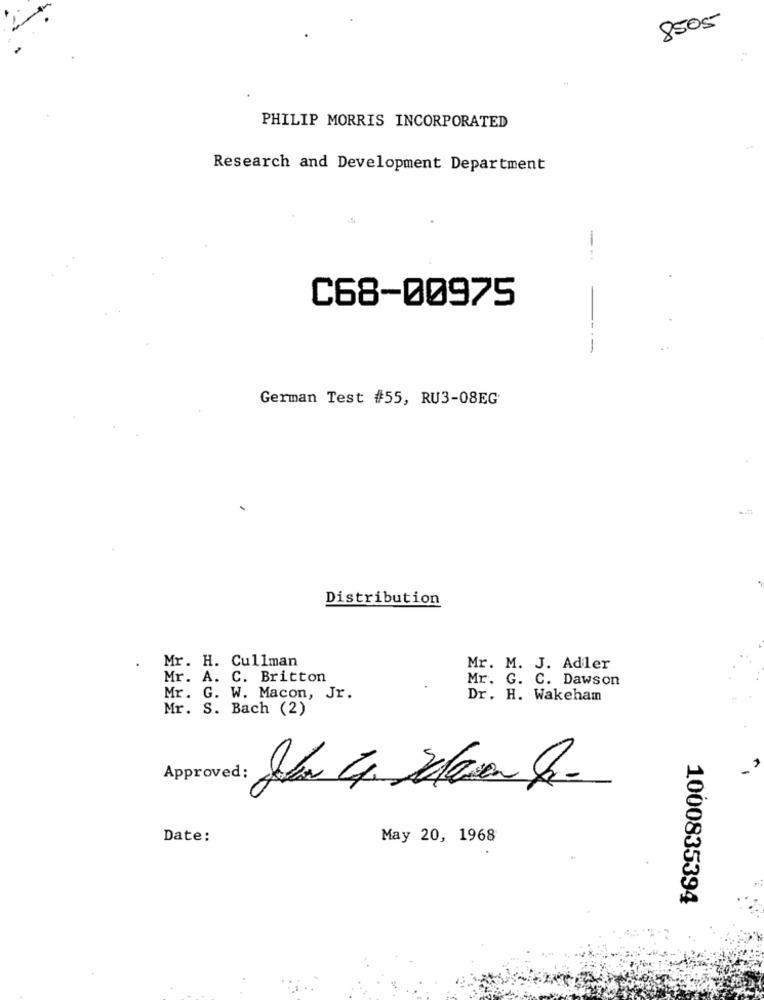
8505
PHILIP MORRIS INCORPORATED
Research and Development Department
C68-00975
German Test #55, RU3-08EG
Distribution
Mr. H. Cullman
Mr. M. J. Adler
Mr. A. C. Britton
Mr. G. C. Dawson
Mr. G. W. Macon, Jr.
Dr. H. Wakeham
Mr. S. Bach (2)
Approved: John C. Seteren Re-
Date:
May 20, 1968
1000835394